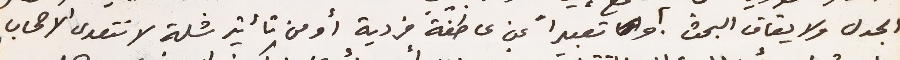
الجدل ولايقاف البحث او تعبيراً عن عاطفة فردية أو من تأثير شلة لا تتعدى الاصحاب